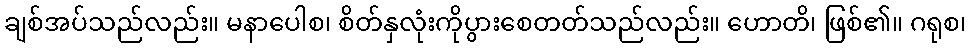
ချစ်အပ်သည်လည်း။ မနာပေါစ၊ စိတ်နှလုံးကိုပွားစေတတ်သည်လည်း။ ဟောတိ၊ ဖြစ်၏။ ဂရုစ၊